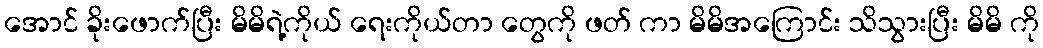
အောင် ခိုးဖောက်ပြီး မိမိရဲ့ကိုယ် ရေးကိုယ်တာ တွေကို ဖတ် ကာ မိမိအကြောင်း သိသွားပြီး မိမိ ကို